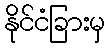
နိုင်ငံခြားမှ